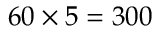
6 0 \times 5 = 3 0 0